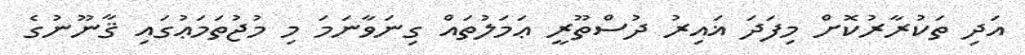
އަދި ތަކުރާރުކޮށް މިފަދަ ޣައިރު ދުސްތޫރީ ޢަމަލުތައް ގިނަވާނަމަ މި މުޖުތަމަޢުގައި ޤާނޫނުގެ